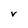
Character: v